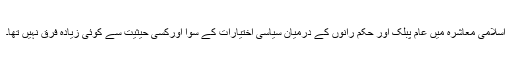
اسلامی معاشرہ میں عام پبلک اور حکم رانوں کے درمیان سیاسی اختیارات کے سوا اورکسی حیثیت سے کوئی زیادہ فرق نہیں تھا۔